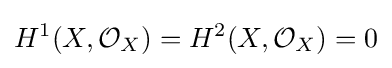
H^{1}(X,{\mathcal {O}}_{X})=H^{2}(X,{\mathcal {O}}_{X})=0